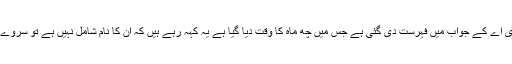
عدالت کو بتایا گیا کہ سی ڈی اے کے جواب میں فہرست دی گئی ہے جس میں چھ ماہ کا وقت دیا گیا ہے یہ کہہ رہے ہیں کہ ان کا نام شامل نہیں ہے تو سروے کے وقت یہ نہیں آئے ہیں ۔